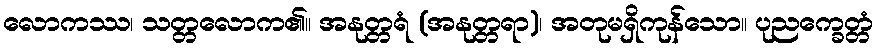
လောကဿ၊ သတ္တလောက၏။ အနုတ္တရံ (အနုတ္တရာ)၊ အတုမရှိကုန်သော။ ပုညက္ခေတ္တံ